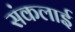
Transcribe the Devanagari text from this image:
संकलाई